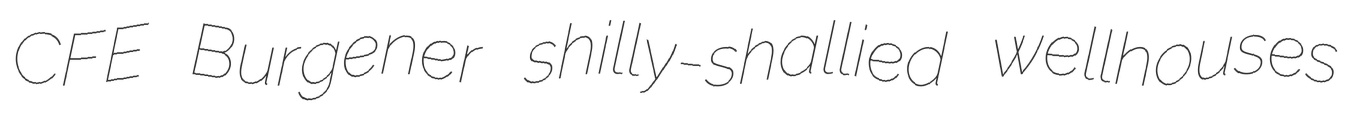
CFE Burgener shilly-shallied wellhouses